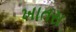
ખાતસ